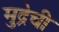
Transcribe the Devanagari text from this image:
मुद्रेची